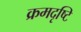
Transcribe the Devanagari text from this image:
क्रमदृष्टि